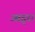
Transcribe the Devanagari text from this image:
आद्र्रा